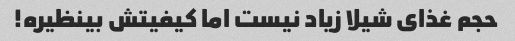
حجم غذای شیلا زیاد نیست اما کیفیتش بینظیره!